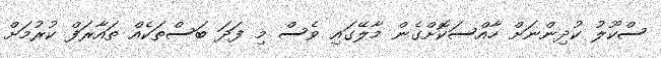
ސްކޫލު ކުދިންނަށް ހާއްސަކޮށްގެން މާލޭގައި ވެސް މި ފަދަ ބަސްތަކެއް ތައާރަފް ކުރުމަށް